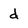
Character: d